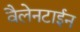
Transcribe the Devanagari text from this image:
वैलेनटाईन